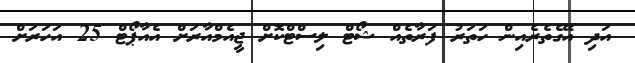
އަދި އޭގެތެރެއިން ހަތަރު ފަރާތެއް ޝޯޓް ލިސްޓްކޮށް ޖީއެމްއާރަށް އެއާޕޯޓް 25 އަހަރަށް